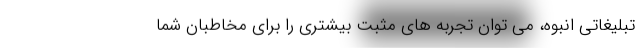
تبلیغاتی انبوه، می توان تجربه های مثبت بیشتری را برای مخاطبان شما